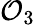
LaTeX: \mathcal{O}_{3}